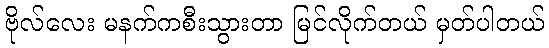
ဗိုလ်လေး မနက်ကစီးသွားတာ မြင်လိုက်တယ် မှတ်ပါတယ်